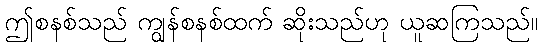
ဤစနစ်သည် ကျွန်စနစ်ထက် ဆိုးသည်ဟု ယူဆကြသည်။